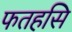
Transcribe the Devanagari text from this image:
फतहसि